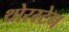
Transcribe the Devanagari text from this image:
थोरस्टेन